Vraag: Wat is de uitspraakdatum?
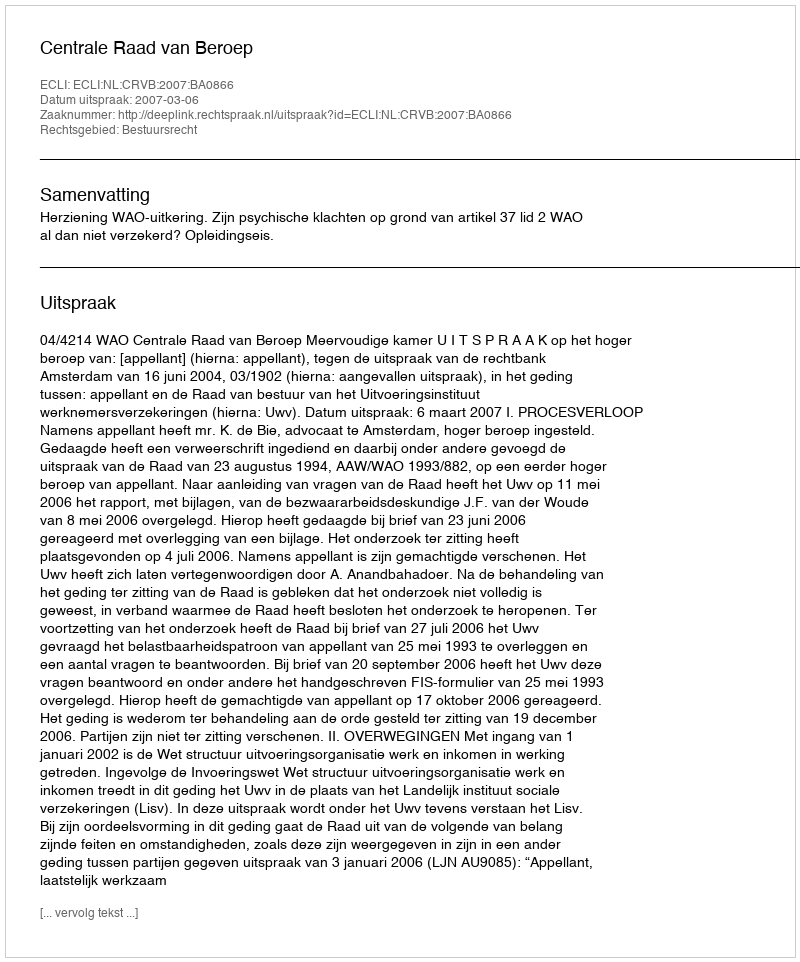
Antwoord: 2007-03-06